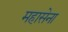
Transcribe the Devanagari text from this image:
महासेना